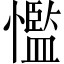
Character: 懢